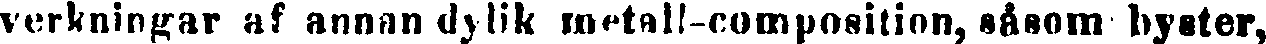
verkningar af annan dylik metall-composition, såsom byster,